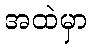
အထဲမှာ